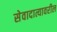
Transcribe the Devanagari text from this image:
सेवादात्यावरील